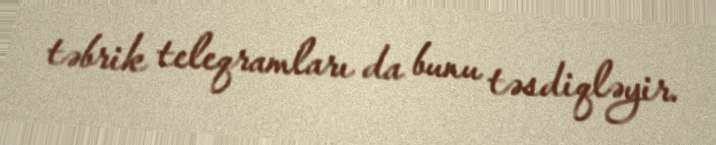
təbrik teleqramları da bunu təsdiqləyir.